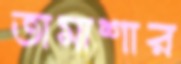
তামাশার